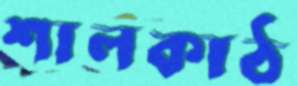
শালকাঠ